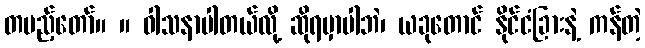
တပည့်တော်။ ။ ဝါသနာပါတယ်လို့ ဆိုရမှာပါဘဲ၊ ယခုတောင် နိုင်ငံခြားနဲ့ ကန်တဲ့